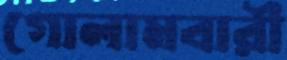
গোলামবারী